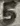
Text: 5